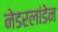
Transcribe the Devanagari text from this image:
नेडरलांडेन